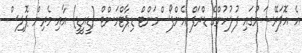
އެ އޮޕަރޭޝަނުގައި ފުލުހުންގެ ޑްރަފް އެންފޯސްމަންޓް ޑިޕާޓްމަންޓް (ޑީއީޑީ) އާއި މެރިން ޕޮލިސް